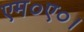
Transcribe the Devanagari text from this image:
एम०ए०।